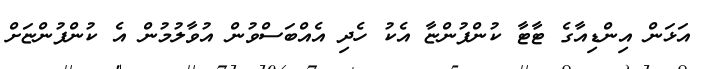
އަޅަން އިންޑިއާގެ ޓާޓާ ކުންފުންޏާ އެކު ހެދި އެއްބަސްވުން އުވާލުމުން އެ ކުންފުންޏަށް